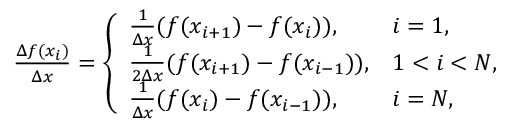
\begin{array} { r } { \frac { \Delta f ( x _ { i } ) } { \Delta x } = \left\{ \begin{array} { l l } { \frac { 1 } { \Delta x } ( f ( x _ { i + 1 } ) - f ( x _ { i } ) ) , } & { i = 1 , } \\ { \frac { 1 } { 2 \Delta x } ( f ( x _ { i + 1 } ) - f ( x _ { i - 1 } ) ) , } & { 1 < i < N , } \\ { \frac { 1 } { \Delta x } ( f ( x _ { i } ) - f ( x _ { i - 1 } ) ) , } & { i = N , } \end{array} \right. } \end{array}